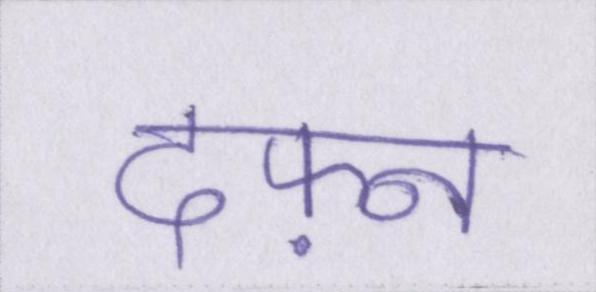
दफ़्न